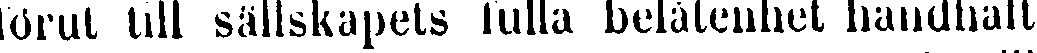
förut till sällskapets fulla belåtenhet handhaft